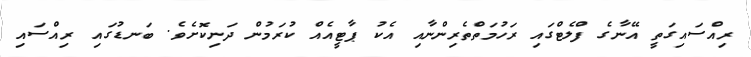
ރިއްސައިގަތީ އޭނާގެ ފްލެޓްގައި ރަހުމަތްތެރިންނާއި އެކު ޕާޓީއެއް ކުރަމުން ދަނިކޮށެވެ. ބަނޑުގައި ރިއްސައި